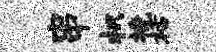
串枳挽栝